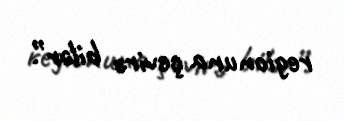
regionuna çevirə bilər”.